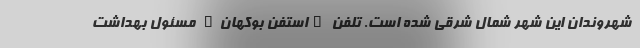
شهروندان این شهر شمال شرقی شده است. تلفن "استفن بوکهان" مسئول بهداشت